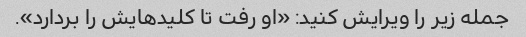
جمله زیر را ویرایش کنید: «او رفت تا کلیدهایش را بردارد».